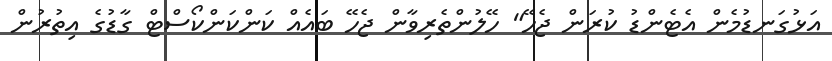
އަޅުގަނޑުމެން އެޓެންޑު ކުރަން ޖެހޭ" ހޭލުންތެރިވާން ޖެހޭ ބައެއް ކަންކަންކޯސްޓް ގާޑުގެ އިތުރުން